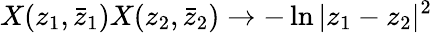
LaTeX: X(z_{1},\bar{z}_{1})X(z_{2},\bar{z}_{2})\rightarrow-\ln{|z_{1}-z_{2}|^{2}}